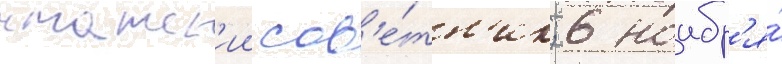
статск'ии сов'е́тн'ик; 6 ноабр'я́